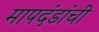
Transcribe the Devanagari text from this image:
मापदंडांची